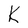
Character: K